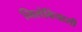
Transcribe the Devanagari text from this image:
निलंबियासी